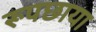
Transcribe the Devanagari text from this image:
रूपछाया